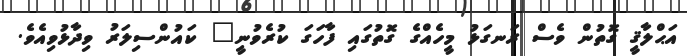
އަޙްލާޤީ ގޮތުން ވެސް ރަނގަޅު މީހެއްގެ ގޮތުގައި ފާހަގަ ކުރެވުނީ" ކައުންސިލަރު ވިދާޅުވިއެވެ.